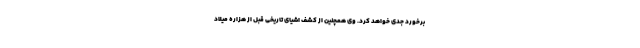
برخورد جدی خواهد کرد. وی همچنین از کشف اشیای تاریخی قبل از هزاره میلاد